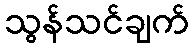
သွန်သင်ချက်